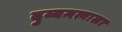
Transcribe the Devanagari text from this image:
दुय्यमत्वाला